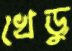
খেড়ু